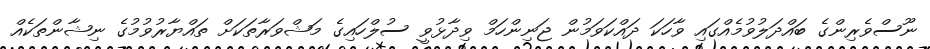
ނޫސްވެރިންގެ ބައްދަލުވުމެއްގައި ވާހަކަ ދައްކަވަމުން ޖަނިންހަމް ވިދާޅުވީ ސުލްހައިގެ މަޝްވަރާތަކަށް ތައްޔާރުވުމުގެ ނިޝާންތަކެއް